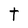
Character: t